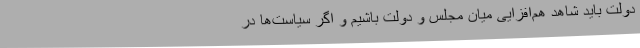
دولت باید شاهد هم‌افزایی میان مجلس و دولت باشیم و اگر سیاست‌ها در